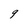
Character: 9